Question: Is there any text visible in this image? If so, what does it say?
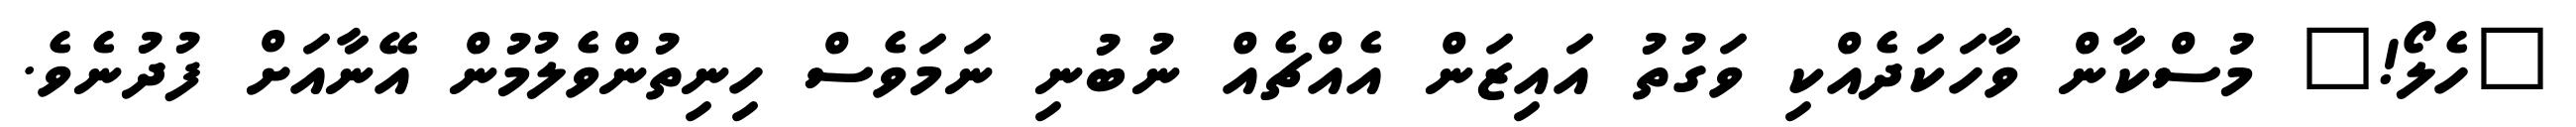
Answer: "ހެލޯ!" މުސްކާން ވާހަކަދެއްކި ވަގުތު އައިޒަން އެއްޗެއް ނުބުނި ނަމަވެސް ހިނިތުންވެލުމުން އޭނާއަށް ފުދުނެވެ.